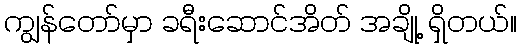
ကျွန်တော်မှာ ခရီးဆောင်အိတ် အချို့ ရှိတယ်။